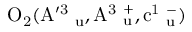
\mathrm { O _ { 2 } ( A ^ { \prime 3 } \Delta _ { u } , A ^ { 3 } \Sigma _ { u } ^ { + } , c ^ { 1 } \Sigma _ { u } ^ { - } ) }